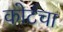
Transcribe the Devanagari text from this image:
कोर्टचा